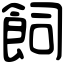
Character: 飼